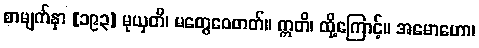
စာမျက်နှာ [၁၉၃] မုယှတိ၊ မတွေဝေတတ်။ ဣတိ၊ ထို့ကြောင့်။ အမောဟော၊